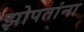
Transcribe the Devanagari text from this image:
झोपतांना